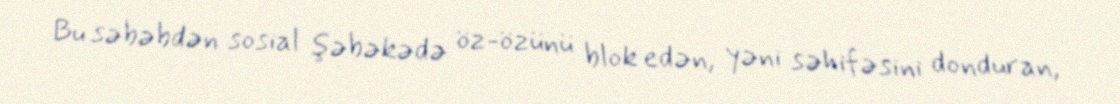
Bu səbəbdən sosial şəbəkədə öz-özünü blok edən, yəni səhifəsini donduran,